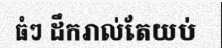
ធំៗ ដឹករាល់តែយប់